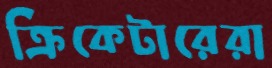
ক্রিকেটারেরা